Plague in India, 1896, 1897 - Volume 1
Year: 1896
Disease focus: Plague
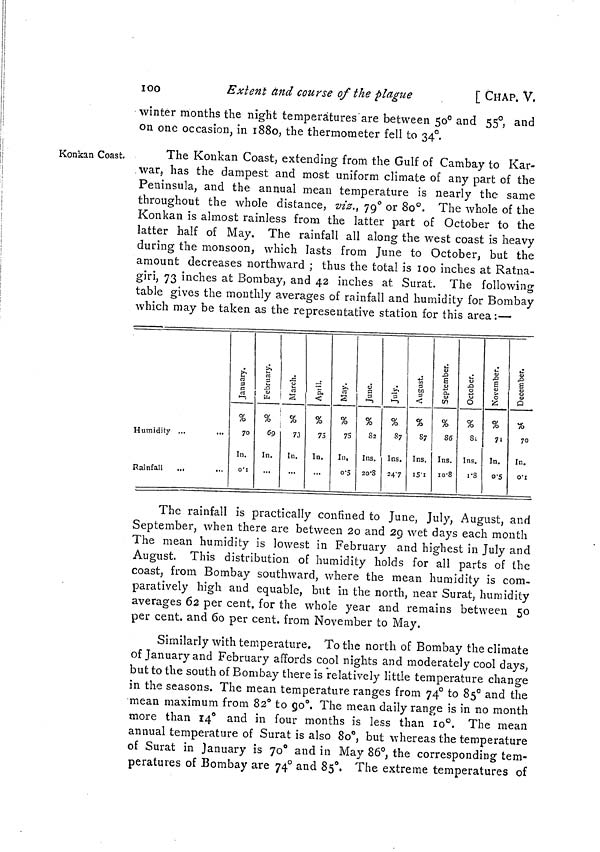
100
Exlent and course of the plague
[ CHAP. V.
winter months the night temperatures are between 50° and 55°, and
on one occasion, in 1880, the thermometer fell to 34°.
Konkan Coast.
The Konkan Coast, extending from the Gulf of Cambay to Kar-
war, has the dampest and most uniform climate of any part of the
Peninsula, and the annual mean temperature is nearly the same
throughout the whole distance, viz., 79° or 80°. The whole of the
Konkan is almost rainless from the latter part of October to the
latter half of May. The rainfall all along the west coast is heavy
during the monsoon, which lasts from June to October, but the
amount decreases northward ; thus the total is 100 inches at Ratna-
giri, 73 inches at Bombay, and 42 inches at Surat. The following
table gives the monthly averages of rainfall and humidity for Bombay
which may be taken as the representative station for this area:—
Humidity ...
Rainfall
January.
%
70
In.
February.
%
69
In.
March.
73
In.
April.
75
In.
May.
%
75
In.
0 5
June.
%
S3
Ins.
20 8
July.
%
87
Ins.
24 7
August.
%
87
Ins.
15 1
September.
%
86
Ins.
10 8
October.
%
81
Ins.
1 8
November.
%
71
In.
0 5
December.
%
70
In.
0 1
The rainfall is practically confined to June, July, August, and
September, when there are between 20 and 29 wet days each month
The mean humidity is lowest in February and highest in July and
August. This distribution of humidity holds for all parts of the
coast, from Bombay southward, where the mean humidity is com-
paratively high and equable, but in the north, near Surat, humidity
averages 62 per cent. for the whole year and remains between 50
per cent. and 60 per cent. from November to May.
Similarly with temperature. To the north of Bombay the climate
of January and February affords cool nights and moderately cool days,
but to the south of Bombay there is relatively little temperature change
in the seasons. The mean temperature ranges from 74° to 85° and the
mean maximum from 82° to 90°. The mean daily range is in no month
more than 14° and in four months is less than 10°. The mean
annual temperature of Surat is also 80°, but whereas the temperature
of Surat in January is 70° and in May 86°, the corresponding tem-
peratures of Bombay are 74° and 85°. The extreme temperatures of